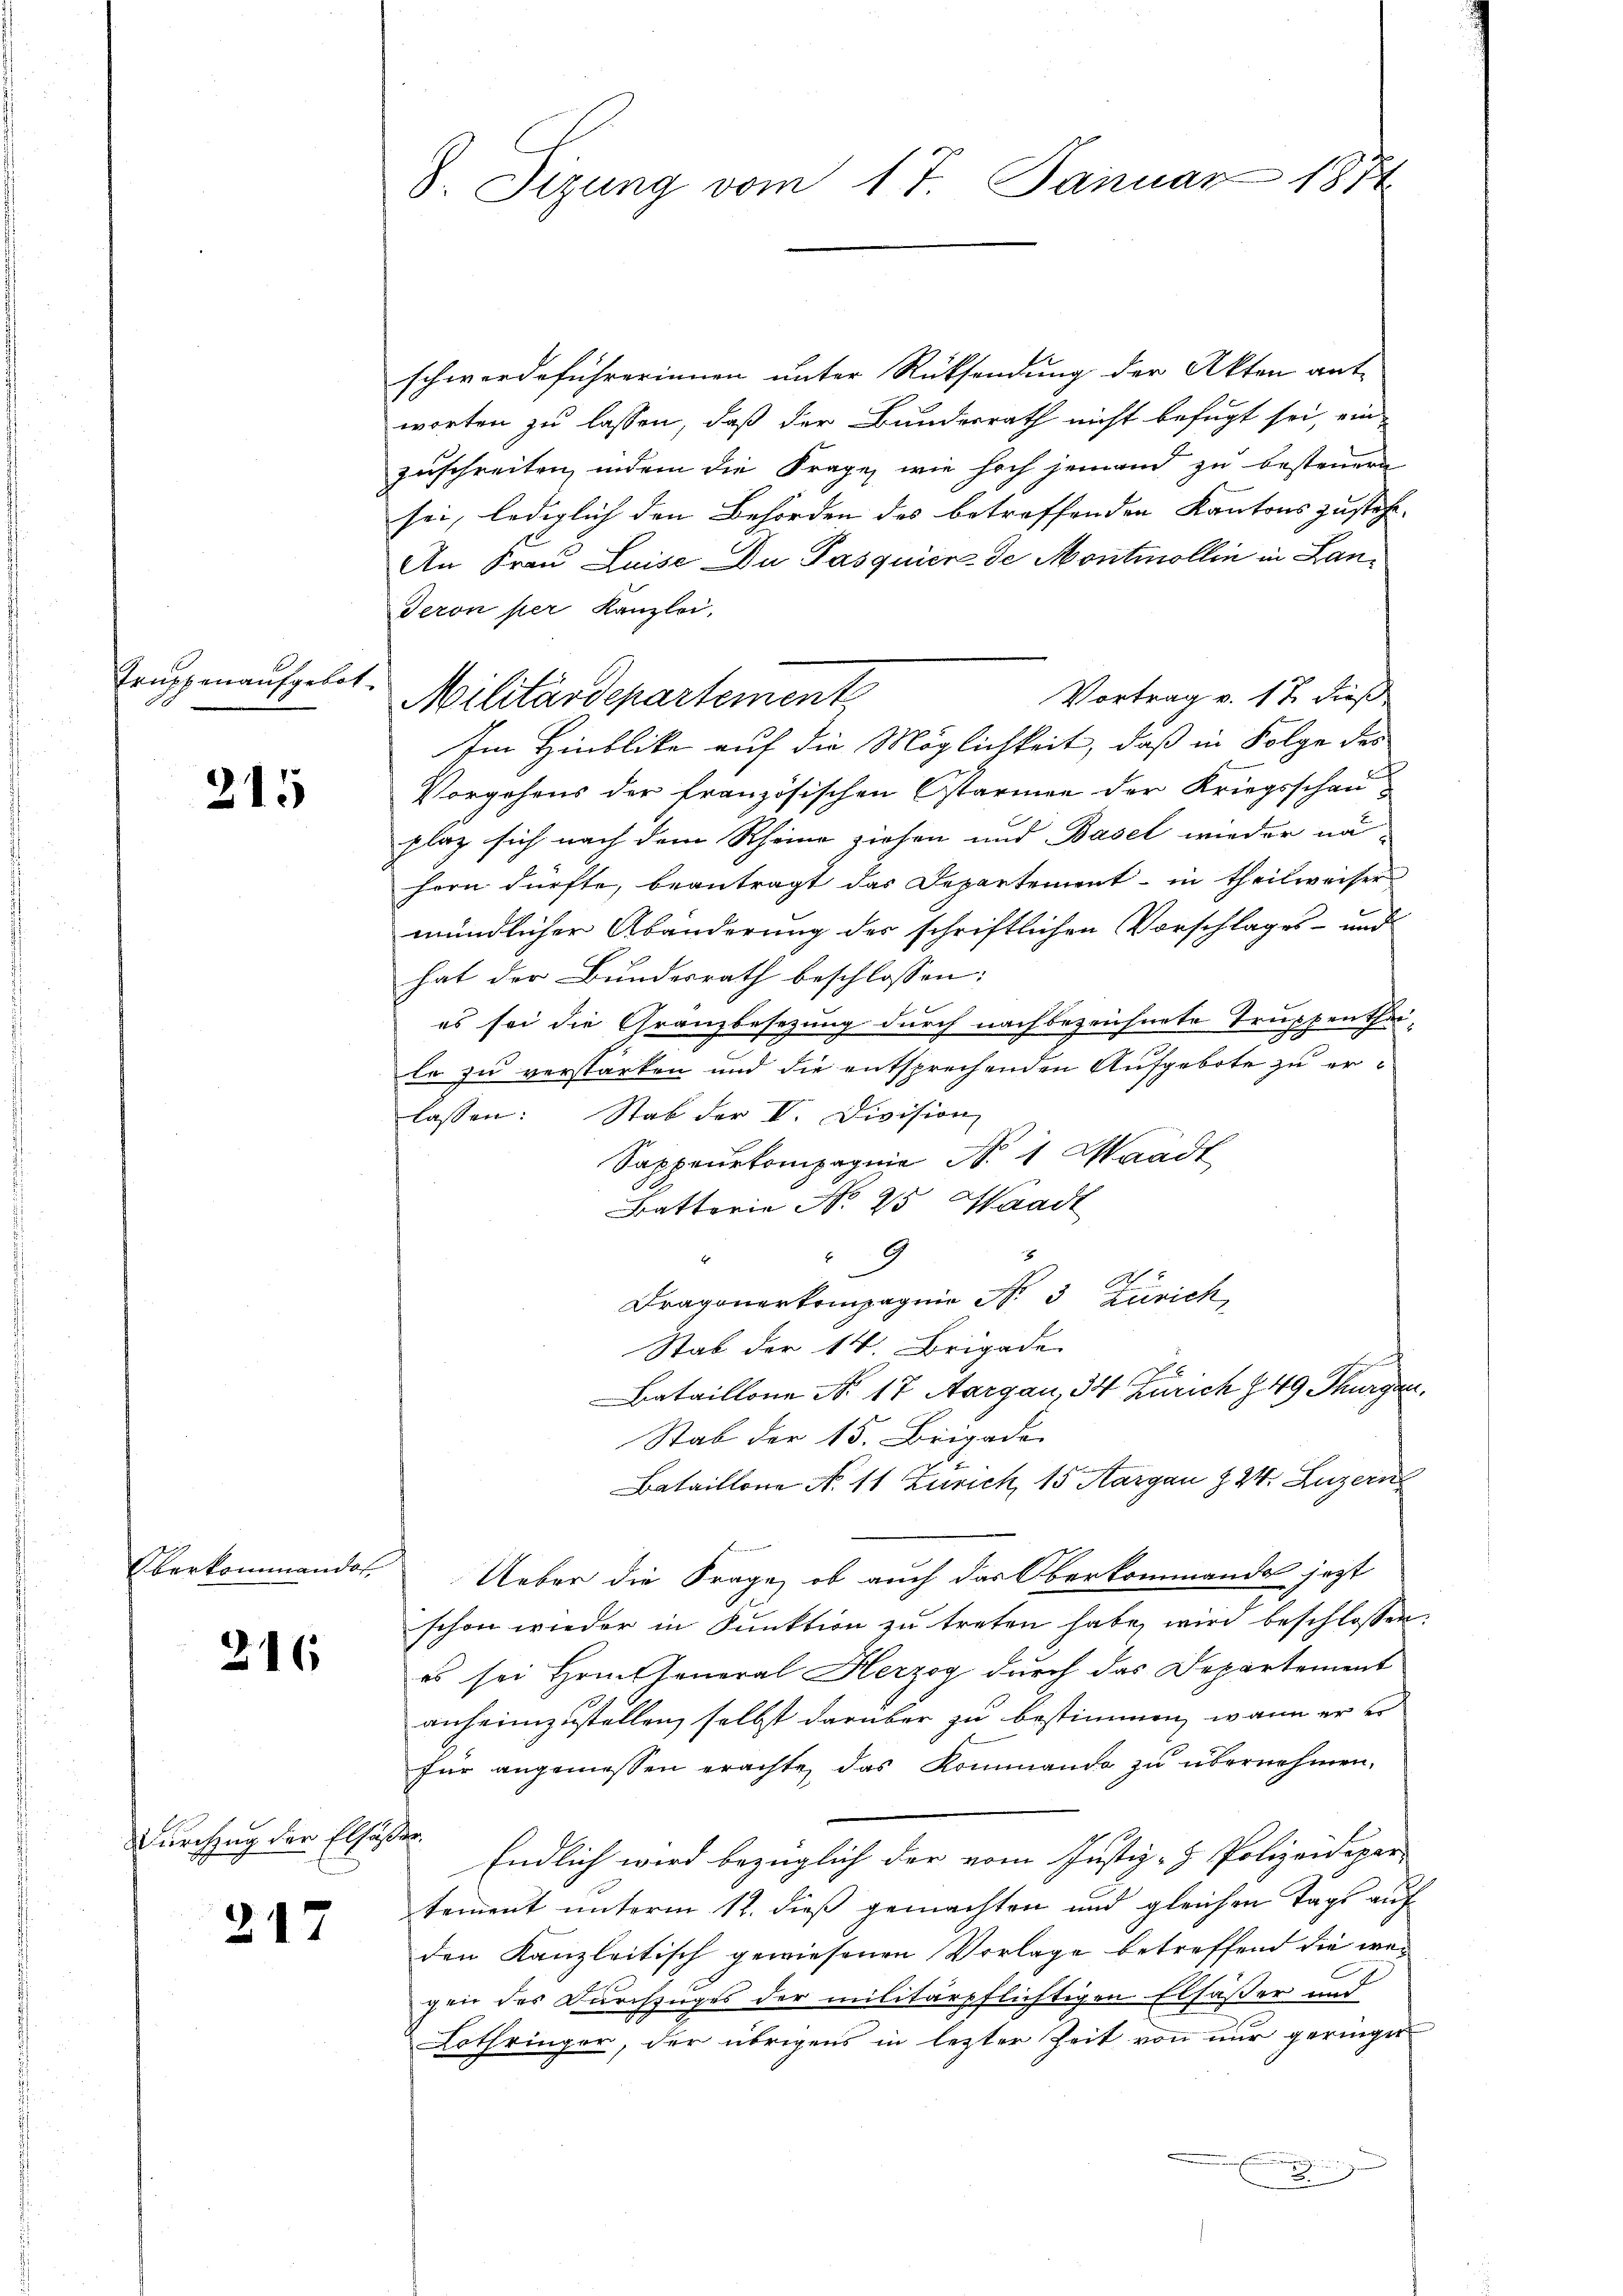
Truppenausgelit.

215

Oberkommandol

216

Durchzug der Elsaßen

217

8 Sizung vom 17. Januar 1870

Militärdepartement

schwerdeführerinnen unter Rücksendung der Akten ant-
worten zu lassen, daß der Bunderrath nicht befugt sei, ein
zuschreiten, indem die Frage, wie hoch jemand zu besteuern
sei, lediglich den Behörden des betreffenden Kantons zustehe
An Frau Luise Du Pasquier de Montmollin in Lan¬
Teron per Kanzlei,
Vortrag v. 17. dieß
Im Hinblicke auf die Möglichkeit, daß in Folge des
Vorgehens der französischen Ostarmen der Kriegsschau-
plaz sich nach dem Rheine ziehen und Basel wieder na-
hern dürfte, beantragt das Departement - in theilweiser
mündlicher Abänderung der schriftlichen Vorschlages- und
hat der Bundesrath beschlossen:
es sei die Granzbesezung durch nachbezeichnete Truppenthal-
le zu verstärken und die entsprechenden Aufgebote zu erlassen: Stab der II. Division
Sappeurkompagnie No. 1 Waadt
atterie No 25. Waadt
1
4
.
S.
Dragonerkompagnie No 3 Zürich
Stab der 14. Brigade
Bataillone No. 17 Aargau, 34 Zürich § 49 Thurgau.
Stab der 15. Brigade
Bataillone No 11 Zürich, 15 Aargau § 24. Luzern
Ueber die Frage, ob auch das Oberkommandes jetzt
schon wieder in Punktion zu treten habe, wird beschlossen:
es sei Hrn. General Herzog durch das Departement
anheimzustellen, selbst darüber zu bestimmen, wenn er er
für angemessen erachte, das Kommando zu übernehmen.
Endlich wird bezüglich der vom Justiz- & Polizeidepar-
tement unterm 12. dieß gemachten und gleichen Tage auf
den Kanzleitisch gewiesenen Vorlage betreffend die wegen des Durchzuges der militärpflichtigen Elfäßer und
Lothringer, der übrigens in lezter Zeit von nur geringer
.
x